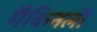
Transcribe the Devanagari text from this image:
मैकिनली